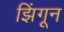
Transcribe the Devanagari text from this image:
झिंगून